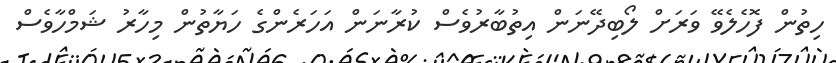
ހިތުން ފޮހެލެވޭ ވަރަށް ލޯބިދޭނަން އިތުބާރުވެސް ކުރާނަން އަހަރެންގެ ހަޔާތުން މިހާރު ޝަމްހާވެސް